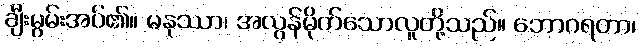
ချီးမွမ်းအပ်၏။ မနုဿာ၊ အလွန်မိုက်သောလူတို့သည်။ ဘောဂရတာ၊